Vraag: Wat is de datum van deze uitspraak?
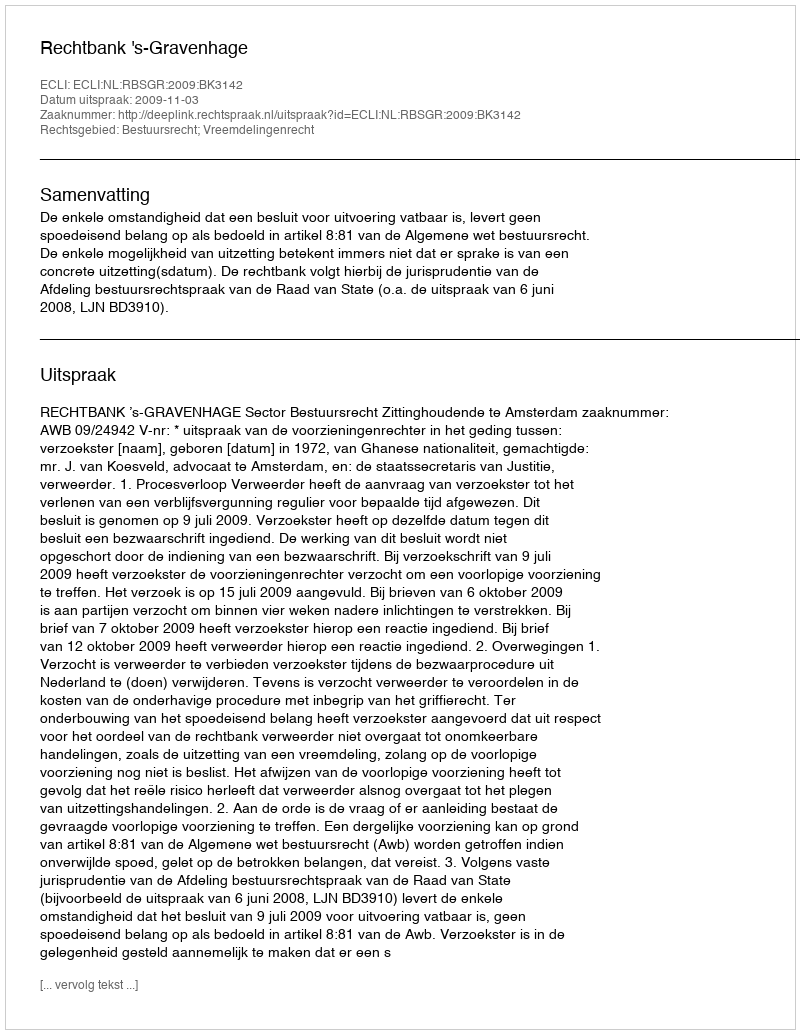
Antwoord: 2009-11-03